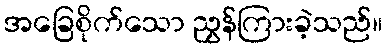
အခြေစိုက်သော ညွှန်ကြားခဲ့သည်။